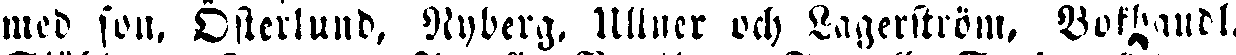
mcd son. Österlund. Nyberg, Ullner och Lagerström, Bokhandl.